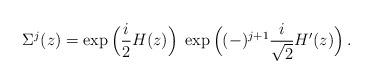
LaTeX: \begin{align*}\Sigma^{j}(z)=\exp\Big({i\over 2}H(z)\Big)\;\exp\Big((-)^{j+1}{i\over\sqrt2}{H'}(z)\Big)\,.\end{align*}